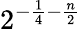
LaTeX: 2^{-{\frac{1}{4}}-{\frac{n}{2}}}